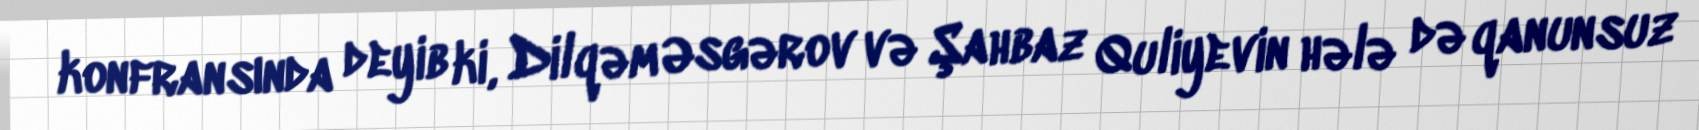
konfransında deyib ki, Dilqəm Əsgərov və Şahbaz Quliyevin hələ də qanunsuz